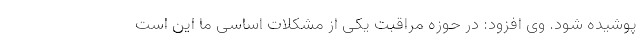
پوشیده شود. وی افزود: در حوزه مراقبت یکی از مشکلات اساسی ما این است